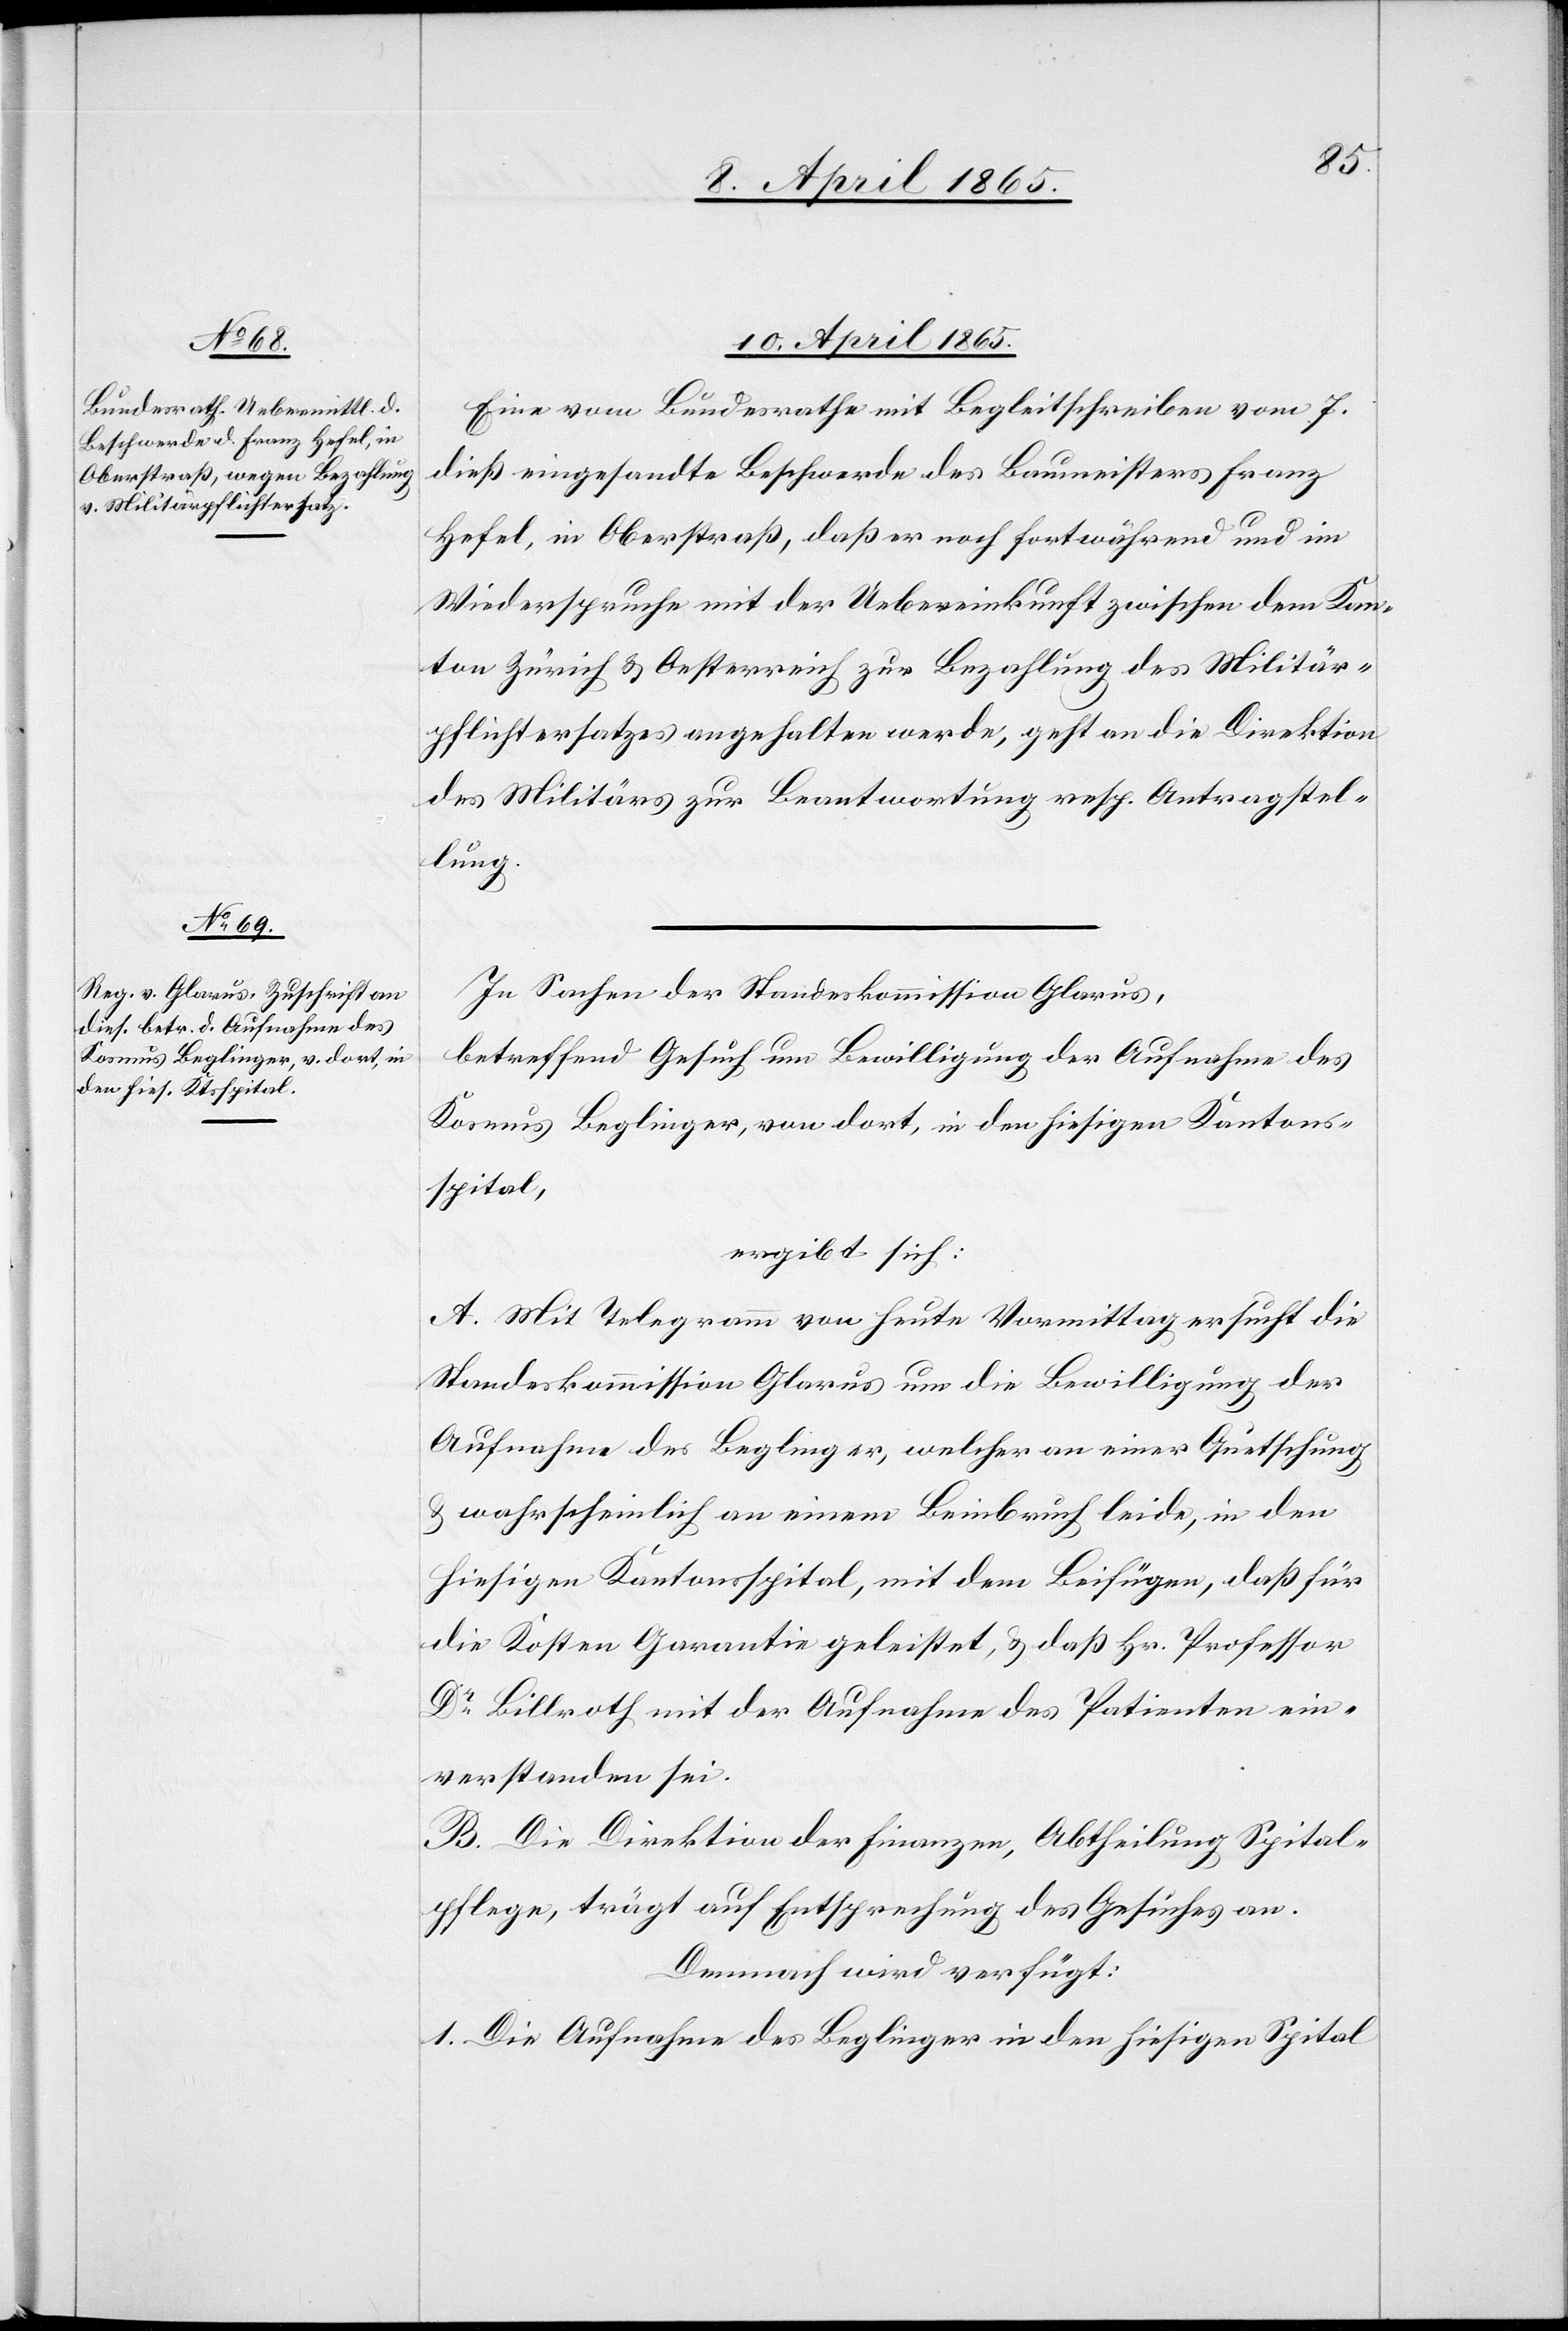
10. April 1865.]
Eine vom Bundesrathe mit Begleitschreiben vom 7.
dieß eingesandte Beschwerde des Baumeisters Franz
Hefel, in Oberstraß, daß er noch fortwährend und im
Wiederspruche mit der Uebereinkunft zwischen dem Kan¬
ton Zürich & Oesterreich zur Bezahlung des Militär¬
pflichtersatzes angehalten werde, geht an die Direktion
des Militärs zur Beantwortung resp. Antragstel¬
lung.
In Sachen der Standeskommisson Glarus,
betreffend Gesuch um Bewilligung der Aufnahme des
Kosmus Beglinger, von dort, in den hiesigen Kantons¬
spital,
ergibt sich:
A. Mit Telegramm von heute Vormittag ersucht die
Standeskommission Glarus um die Bewilligung der
Aufnahme des Beglinger, welcher an einer Quetschung
& wahrscheinlich an einem Beinbruch leide, in den
hiesigen Kantonsspital, mit dem Beifügen, daß für
die Kosten Garantie geleistet, & daß Hr. Professor
Dr Billroth mit der Aufnahme des Patienten ein¬
verstanden sei.
B. Die Direktion der Finanzen, Abtheilung Spital¬
pflege, trägt auf Entsprechung des Gesuches an.
Demnach wird verfügt:
1. Die Aufnahme des Beglinger in den hiesigen Spital